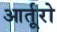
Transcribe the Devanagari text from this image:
आर्तूरो